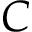
C